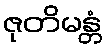
ဇုတိမန္တံ